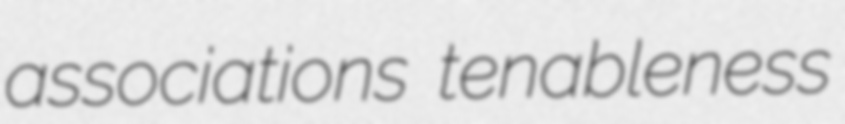
associations tenableness